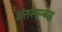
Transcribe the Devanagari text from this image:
अंतरसम्बद्ध